Annual statistical returns and brief notes on vaccination in Bengal - 1887-1898
Year: 1887
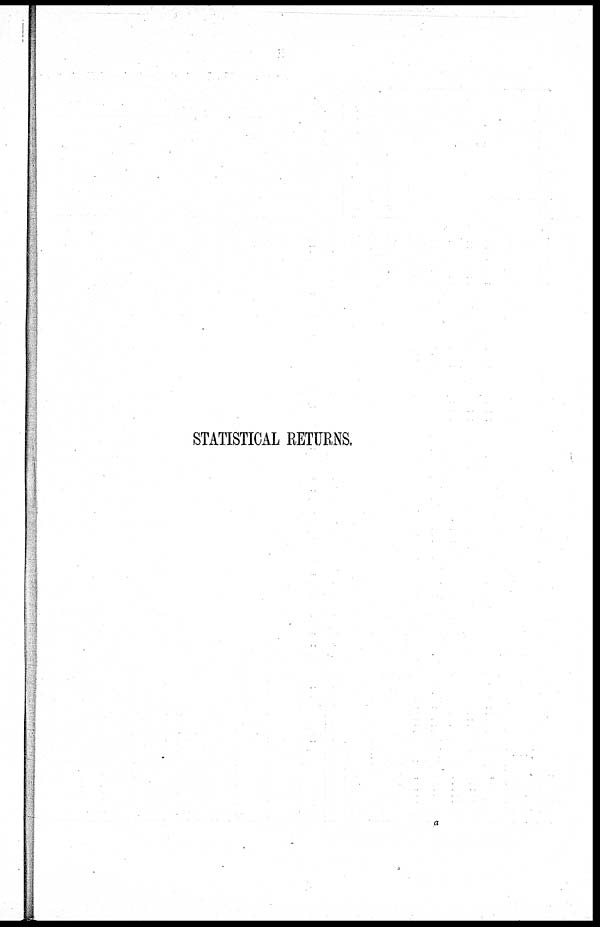
STATISTICAL RETURNS.
a